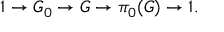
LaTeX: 1 \to G _ { 0 } \to G \to \pi _ { 0 } ( G ) \to 1 .